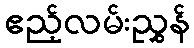
ဧည့်လမ်းညွှန်